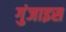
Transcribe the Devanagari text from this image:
गुंजाइस